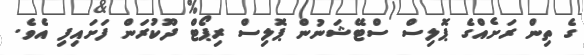
ގެ ތިން ރަށެއްގެ ޕޮލިސް ސްޓޭޝަނުން ޕޮލިސް ރިޕޯޓް ދޫކުރަން ފަށައިފި އެވެ.